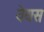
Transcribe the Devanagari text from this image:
वेयस